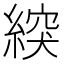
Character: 𦂽